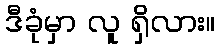
ဒီခုံမှာ လူ ရှိလား။